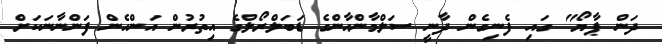
ދަން ޕާޔޯ" ގައި ފެނިގެން ދާނީ ސަލްމާންޙާންގެ ޑަބަލްރޯލްގެ އިތުރުން އަންހެން ފަންނާނަކަށް